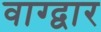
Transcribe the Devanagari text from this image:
वाग्द्वार